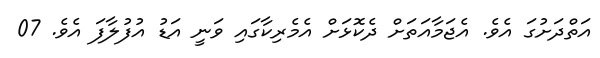
އަތްދަށުގަ އެވެ. އެޖަމާއަތަށް ދެކޮޅަށް އެމެރިކާގައި ވަނީ އަޑު އުފުލާފަ އެވެ. 07